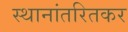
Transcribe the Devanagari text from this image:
स्थानांतरितकर